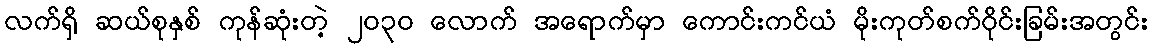
လက်ရှိ ဆယ်စုနှစ် ကုန်ဆုံးတဲ့ ၂၀၃၀ လောက် အရောက်မှာ ကောင်းကင်ယံ မိုးကုတ်စက်ဝိုင်းခြမ်းအတွင်း